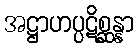
အဋ္ဌာဟပ္ပဋိစ္ဆန္နာ